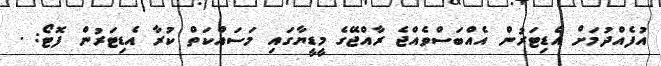
އުފެއްދުމަށް އެޑިޓަރުން އެއްބަސްވެއްޖެ ރާއްޖޭގެ މީޑީޔާގައި މަސައްކަތް ކުރާ އެޑިޓަރުން ފޮޓޯ: .